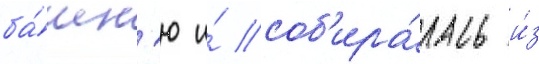
ба́шн'ю и́ соб'ира́лась и́з